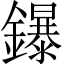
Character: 鑤